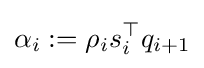
\alpha _{i}:=\rho _{i}s_{i}^{\top }q_{i+1}